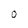
Character: 0